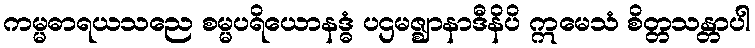
ကမ္မဓာရယသညေ စမ္မပရိယောနဒ္ဓံ ပဌမဇ္ဈာနာဒီနိပိ ဣမေသံ စိတ္တသန္တာပါ